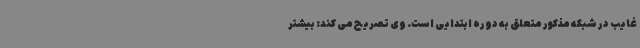
غایب در شبکه مذکور متعلق به دوره ابتدایی است. وی تصریح می کند: بیشتر